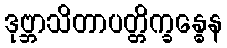
ဒုဗ္ဘာသိတာပတ္တိက္ခန္ဓေန